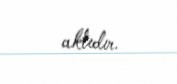
aktıdır.